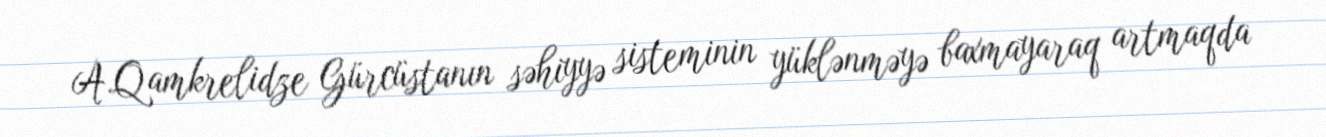
A.Qamkrelidze Gürcüstanın səhiyyə sisteminin yüklənməyə baxmayaraq artmaqda